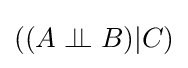
((A\perp \!\!\!\perp B)\vert C)